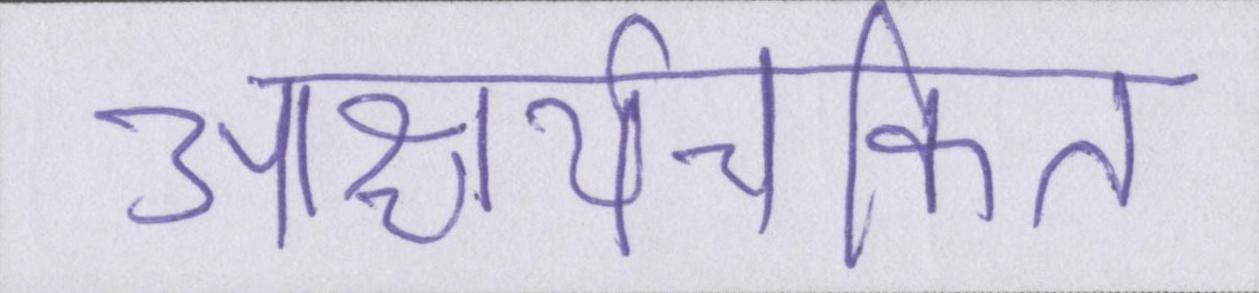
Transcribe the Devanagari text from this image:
आश्चर्यचकित